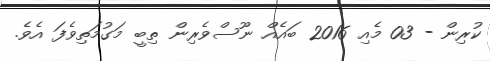
ކުރިން - 03 މެއި 2016 ބައެއް ނޫސްވެރިން ތިބީ މަގުމަތިވެފަ އެވެ.